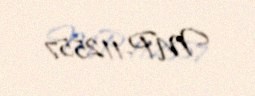
MP-112557